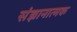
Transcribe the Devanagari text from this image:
संज्ञानात्‍मक